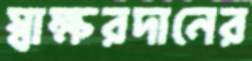
স্বাক্ষরদানের